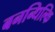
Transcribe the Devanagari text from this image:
बनन्धिल्कि